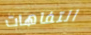
التفاهات